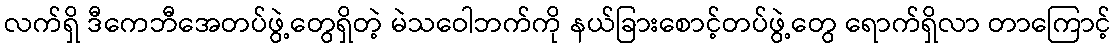
လက်ရှိ ဒီကေဘီအေတပ်ဖွဲ့တွေရှိတဲ့ မဲသဝေါဘက်ကို နယ်ခြားစောင့်တပ်ဖွဲ့တွေ ရောက်ရှိလာ တာကြောင့်